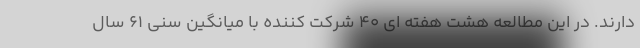
دارند. در این مطالعه هشت هفته ای 40 شرکت کننده با میانگین سنی 61 سال